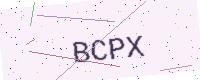
Text: BCPX